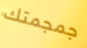
جمجمتك